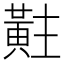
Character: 黈